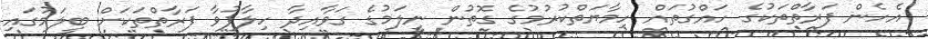
އެހެން ފަރާތްތަކުގެ ހައްގުތައް ހިމާޔަތްކުރުމުގެ ގޮތުން ނީލަމުގެ ގަވާއިދާ ހިލާފުވާ ފަރާތްތަކަށް ބީލަމުގައި